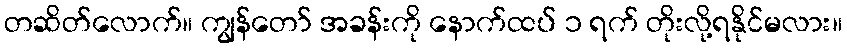
တဆိတ်လောက်။ ကျွန်တော် အခန်းကို နောက်ထပ် ၁ ရက် တိုးလို့ရနိုင်မလား။